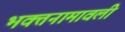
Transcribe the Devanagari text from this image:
भक्तनामावली